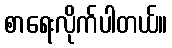
စာရေးလိုက်ပါတယ်။